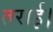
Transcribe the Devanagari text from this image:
तराई।